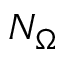
N _ { \Omega }